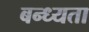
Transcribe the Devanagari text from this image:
बन्ध्यता